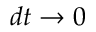
d t \rightarrow 0